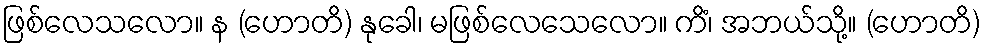
ဖြစ်လေသလော။ န (ဟောတိ) နုခေါ၊ မဖြစ်လေသေလော။ ကိံ၊ အဘယ်သို့။ (ဟောတိ)